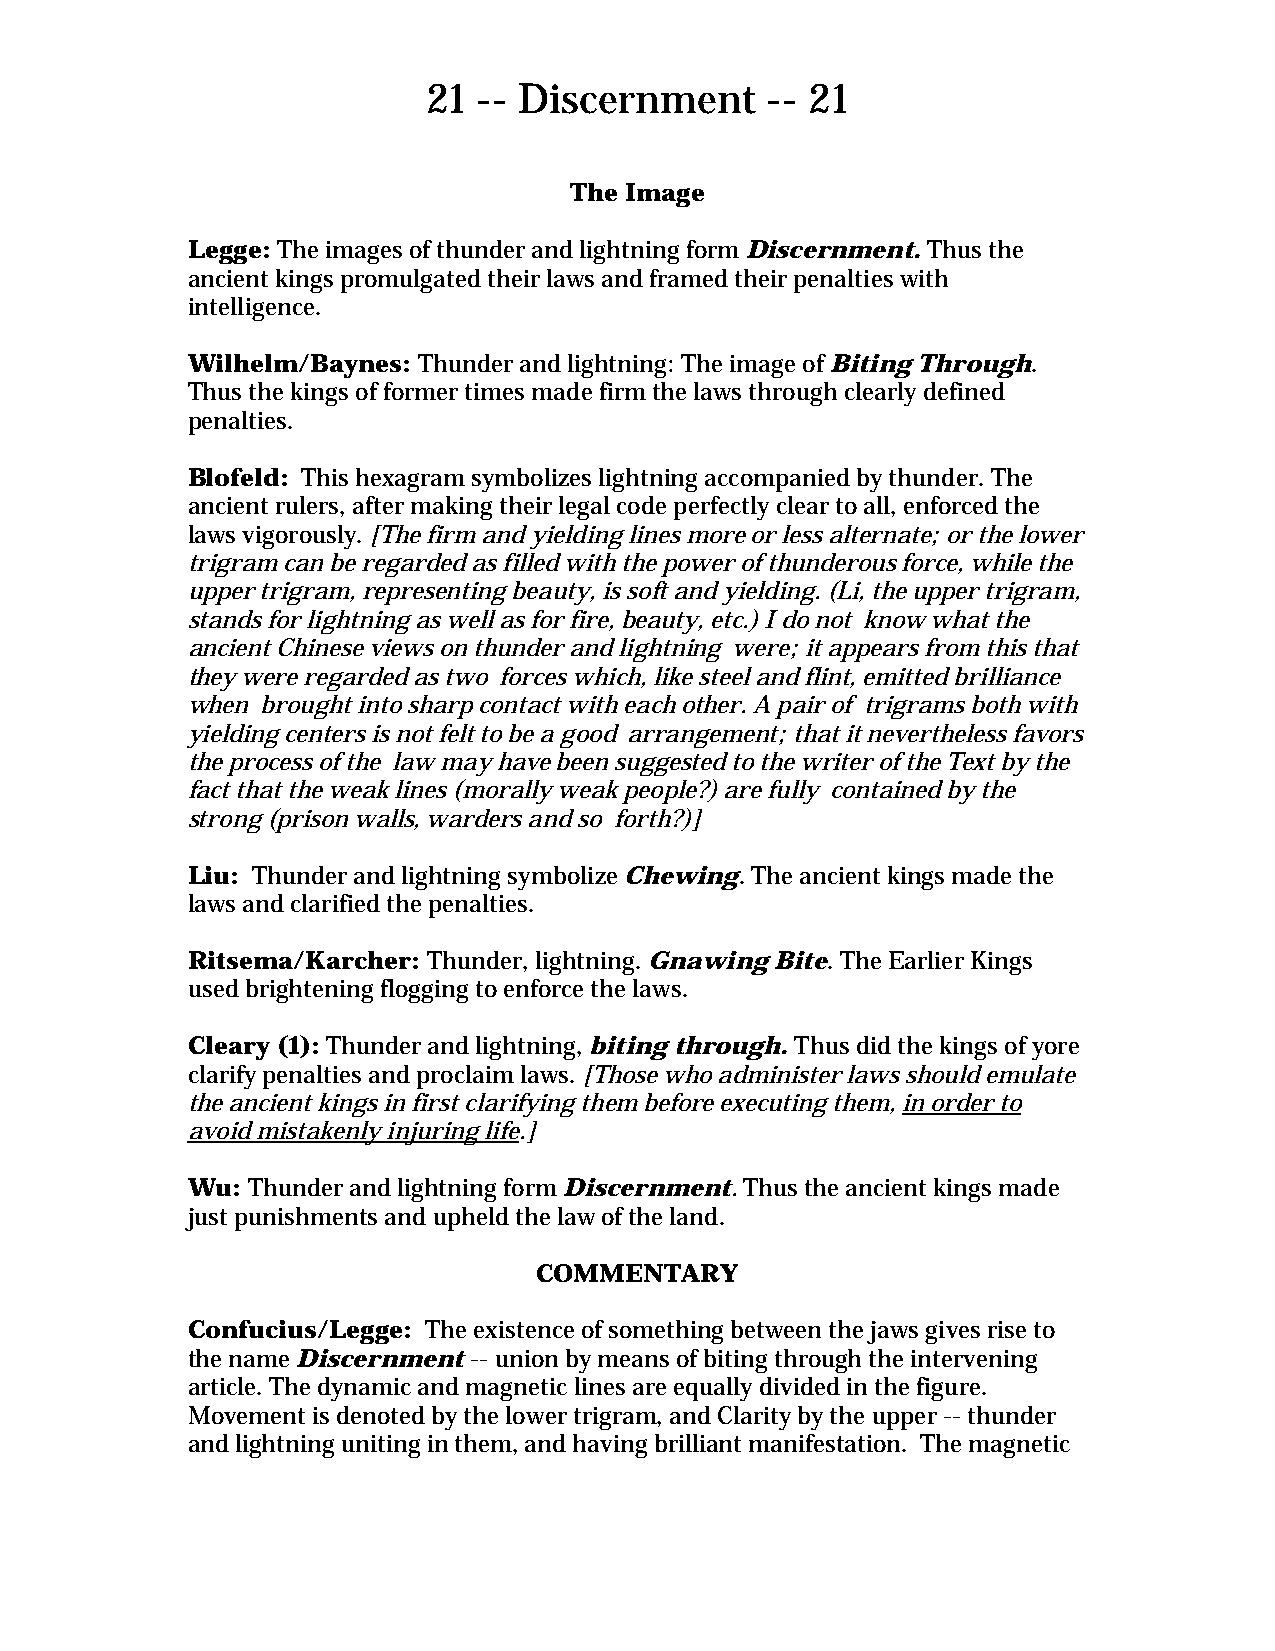
21  -- Discernment     -- 21
 The Image
 Legge: The images of thunder and lightning form Discernment. Thus the
 ancient kings promulgated their laws and framed their penalties with
 intelligence.
 Wilhelm/Baynes: Thunder and lightning: The image of Biting Through.
 Thus the kings of former times made firm the laws through clearly defined
 penalties.
 Blofeld: This hexagram symbolizes lightning accompanied by thunder. The
 ancient rulers, after making their legal code perfectly clear to all, enforced the
 laws vigorously. [The firm and yielding lines more or less alternate; or the lower
 trigram can be regarded as filled with the power of thunderous force, while the
 upper trigram, representing beauty, is soft and yielding. (Li, the upper trigram,
 stands for lightning as well as for fire, beauty, etc.) I do not know what the
 ancient Chinese views on thunder and lightning were; it appears from this that
 they were regarded as two forces which, like steel and flint, emitted brilliance
 when brought into sharp contact with each other. A pair of trigrams both with
 yielding centers is not felt to be a good arrangement; that it nevertheless favors
 the process of the law may have been suggested to the writer of the Text by the
 fact that the weak lines (morally weak people?) are fully contained by the
 strong (prison walls, warders and so forth?)]
 Liu: Thunder and lightning symbolize Chewing. The ancient kings made the
 laws and clarified the penalties.
 Ritsema/Karcher: Thunder, lightning. Gnawing Bite. The Earlier Kings
 used brightening flogging to enforce the laws.
 Cleary (1): Thunder and lightning, biting through. Thus did the kings of yore
 clarify penalties and proclaim laws. [Those who administer laws should emulate
 the ancient kings in first clarifying them before executing them, in order to
 avoid mistakenly injuring life.]
 Wu: Thunder and lightning form Discernment. Thus the ancient kings made
 just punishments and upheld the law of the land.
 COMMENTARY
 Confucius/Legge: The existence of something between the jaws gives rise to
 the name Discernment -- union by means of biting through the intervening
 article. The dynamic and magnetic lines are equally divided in the figure.
 Movement is denoted by the lower trigram, and Clarity by the upper -- thunder
 and lightning uniting in them, and having brilliant manifestation. The magnetic